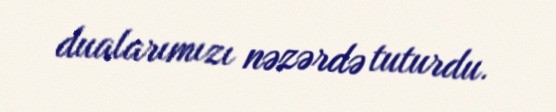
dualarımızı nəzərdə tuturdu.